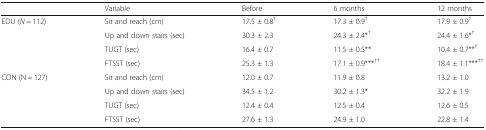
<table><thead><tr><td>[EMPTY_CELL]</td><td><b>Variable</b></td><td><b>Before</b></td><td><b>6 months</b></td><td><b>12 months</b></td></tr></thead><tbody><tr><td rowspan="4">EDU (<i>N</i> = 112)</td><td>Sit and reach (cm)</td><td>17.5 ± 0.8<sup>†</sup></td><td>17.3 ± 0.9<sup>†</sup></td><td>17.9 ± 0.9<sup>†</sup></td></tr><tr><td>Up and down stairs (sec)</td><td>30.3 ± 2.3</td><td>24.3 ± 2.4*<sup>†</sup></td><td>24.4 ± 1.6*<sup>†</sup></td></tr><tr><td>TUGT (sec)</td><td>16.4 ± 0.7</td><td>11.5 ± 0.5**</td><td>10.4 ± 0.7**<sup>†</sup></td></tr><tr><td>FTSST (sec)</td><td>25.3 ± 1.3</td><td>17.1 ± 0.9***<sup>††</sup></td><td>18.4 ± 1.1***<sup>††</sup></td></tr><tr><td rowspan="4">CON (N = 127)</td><td>Sit and reach (cm)</td><td>12.0 ± 0.7</td><td>11.9 ± 0.8</td><td>13.2 ± 1.0</td></tr><tr><td>Up and down stairs (sec)</td><td>34.5 ± 1.2</td><td>30.2 ± 1.3*</td><td>32.2 ± 1.9</td></tr><tr><td>TUGT (sec)</td><td>12.4 ± 0.4</td><td>12.5 ± 0.4</td><td>12.6 ± 0.5</td></tr><tr><td>FTSST (sec)</td><td>27.6 ± 1.3</td><td>24.9 ± 1.0</td><td>22.8 ± 1.4</td></tr></tbody></table>